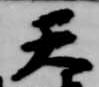
天